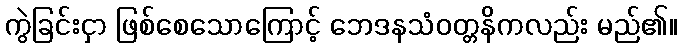
ကွဲခြင်းငှာ ဖြစ်စေသောကြောင့် ဘေဒနသံဝတ္တနိကလည်း မည်၏။